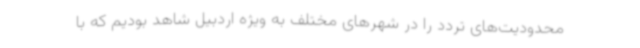
محدودیت‌های تردد را در شهرهای مختلف به ویژه اردبیل شاهد بودیم که با